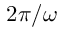
2 \pi / \omega